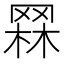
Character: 𦋗